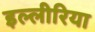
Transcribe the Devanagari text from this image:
इल्लीरिया